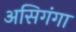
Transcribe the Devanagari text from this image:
असिगंगा